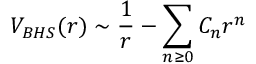
V _ { B H S } ( r ) \sim { \frac { 1 } { r } } - { \sum _ { n \ge 0 } C _ { n } r ^ { n } } \qquad